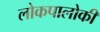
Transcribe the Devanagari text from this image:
लोकपालोकी